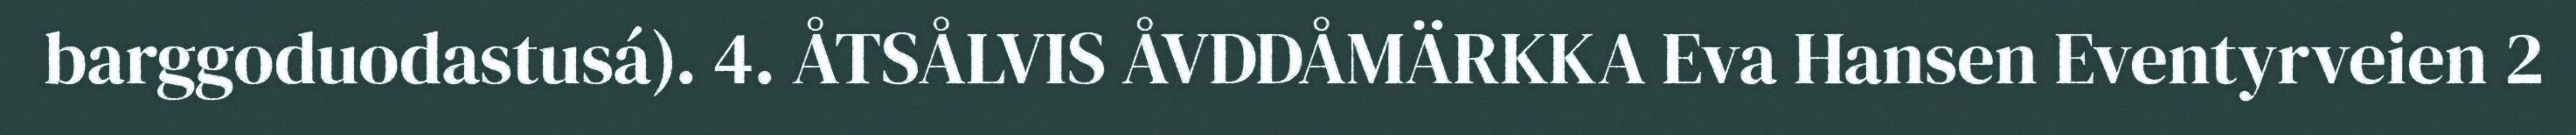
barggoduodastusá). 4. ÅTSÅLVIS ÅVDDÅMÄRKKA Eva Hansen Eventyrveien 2